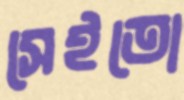
সেইতো